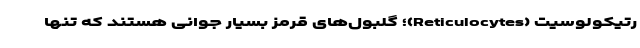
رتیکولوسیت (Reticulocytes)؛ گلبول‌های قرمز بسیار جوانی هستند که تنها